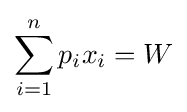
\sum _{i=1}^{n}p_{i}x_{i}=W